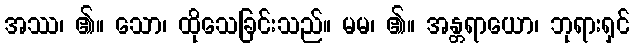
အဿ၊ ၏။ သော၊ ထိုသေခြင်းသည်။ မမ၊ ၏။ အန္တရာယော၊ ဘုရားရှင်